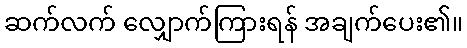
ဆက်လက် လျှောက်ကြားရန် အချက်ပေး၏။